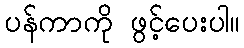
ပန်ကာကို ဖွင့်ပေးပါ။